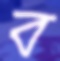
ব